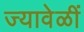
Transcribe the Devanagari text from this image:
ज्यावेळीं